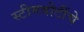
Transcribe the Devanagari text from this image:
स्टीमबोटींचे